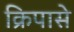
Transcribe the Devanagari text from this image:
क्रिपासे